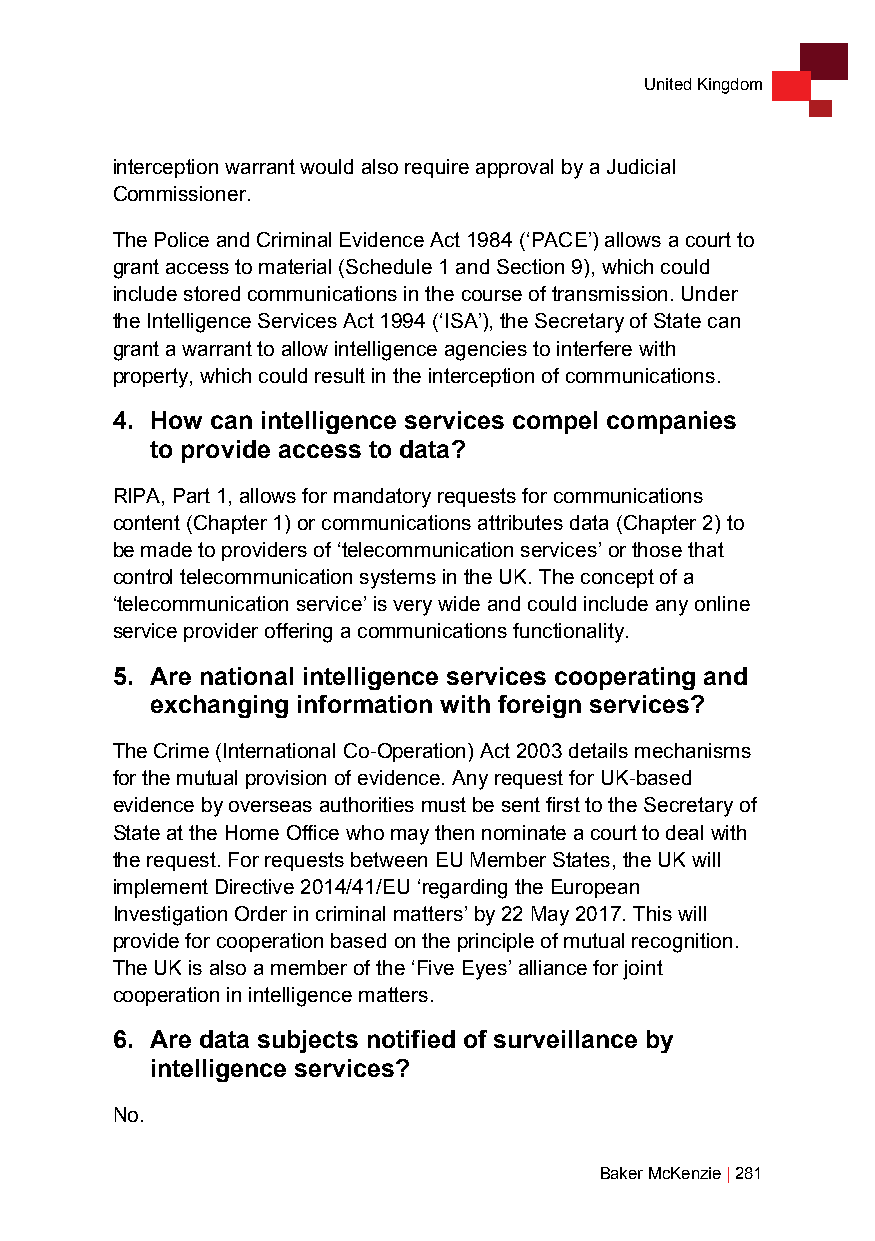
United Kingdom
 interception warrant would also require approval by a Judicial
 Commissioner.
 The Police and Criminal Evidence Act 1984 (‘PACE’) allows a court to
 grant access to material (Schedule 1 and Section 9), which could
 include stored communications in the course of transmission. Under
 the Intelligence Services Act 1994 (‘ISA’), the Secretary of State can
 grant a warrant to allow intelligence agencies to interfere with
 property, which could result in the interception of communications.
 4. How can intelligence services compel companies
 to provide access to data?
 RIPA, Part 1, allows for mandatory requests for communications
 content (Chapter 1) or communications attributes data (Chapter 2) to
 be made to providers of ‘telecommunication services’ or those that
 control telecommunication systems in the UK. The concept of a
 ‘telecommunication service’ is very wide and could include any online
 service provider offering a communications functionality.
 5. Are national intelligence services cooperating and
 exchanging information with foreign services?
 The Crime (International Co-Operation) Act 2003 details mechanisms
 for the mutual provision of evidence. Any request for UK-based
 evidence by overseas authorities must be sent first to the Secretary of
 State at the Home Office who may then nominate a court to deal with
 the request. For requests between EU Member States, the UK will
 implement Directive 2014/41/EU ‘regarding the European
 Investigation Order in criminal matters’ by 22 May 2017. This will
 provide for cooperation based on the principle of mutual recognition.
 The UK is also a member of the ‘Five Eyes’ alliance for joint
 cooperation in intelligence matters.
 6. Are data subjects notified of surveillance by
 intelligence services?
 No.
 Baker McKenzie | 281